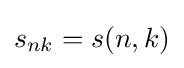
s_{nk}=s(n,k)